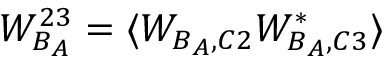
W _ { B _ { A } } ^ { 2 3 } = \langle W _ { B _ { A } , C 2 } W _ { B _ { A } , C 3 } ^ { * } \rangle